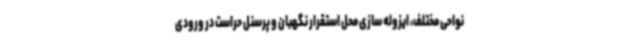
نواحی مختلف، ایزوله سازی محل استقرار نگهبان و پرسنل حراست در ورودی